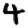
Digit: 4